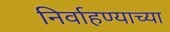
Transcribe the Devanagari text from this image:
निर्वाहण्याच्या